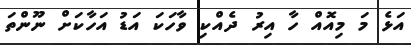
އަޅެ މަ މިއޮއް ހާ އިރު ދެެއްކި ވާހަކަ އަޑު އަހާކަށް ނޫންތަ